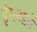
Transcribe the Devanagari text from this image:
ईंग्लंडने